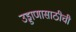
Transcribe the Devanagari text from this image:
उड्डाणासाठीची